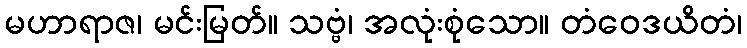
မဟာရာဇ၊ မင်းမြတ်။ သဗ္ဗံ၊ အလုံးစုံသော။ တံဝေဒယိတံ၊